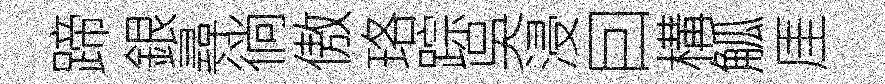
蹄銀尋徜傲珞踪吳浸囙構觚厓